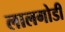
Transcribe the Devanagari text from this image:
लालगोडी